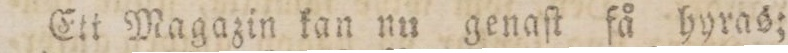
Ett Magazin kan nu genaſt få hyras;